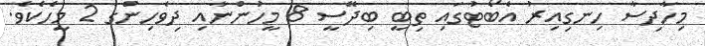
މިހާދިސާ ހިނގިއިރު އެބޯޓުގައި ތިބީ ބިދޭސީ 8 މީހުންނާއި ދިވެހިންގެ 2 މީހެކެވެ.